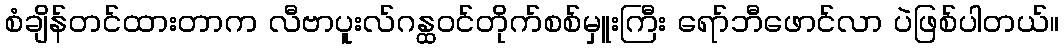
စံချိန်တင်ထားတာက လီဗာပူးလ်ဂန္ထဝင်တိုက်စစ်မှူးကြီး ရော်ဘီဖောင်လာ ပဲဖြစ်ပါတယ်။